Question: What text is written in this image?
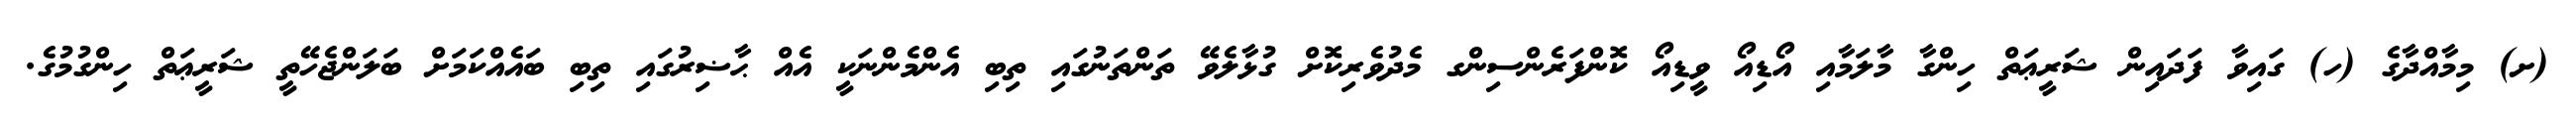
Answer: (ށ) މިމާއްދާގެ (ހ) ގައިވާ ފަދައިން ޝަރީޢަތް ހިންގާ މާލަމާއި އޯޑިއޯ ވީޑިއޯ ކޮންފަރެންސިންގ މެދުވެރިކޮށް ގުޅާލެވޭ ތަންތަނުގައި ތިބި އެންމެންނަކީ އެއް ޙާޟިރުގައި ތިބި ބައެއްކަމަށް ބަލަންޖެހޭތީ ޝަރީޢަތް ހިންގުމުގެ.